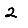
Digit: 2